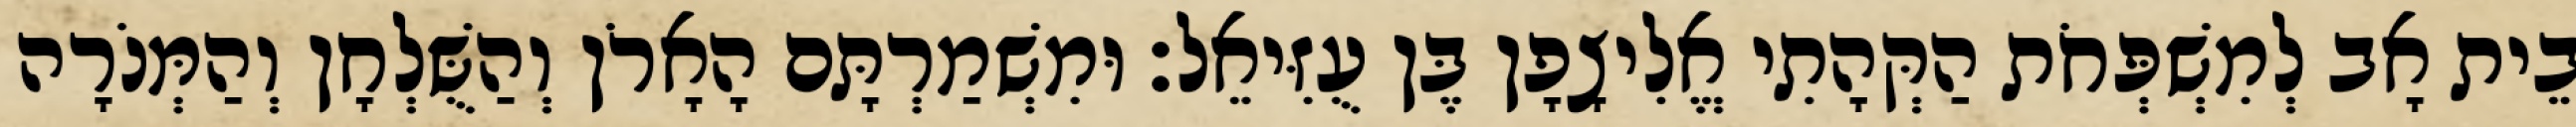
בֵית אָב לְמִשְׁפְּחֹת הַקְּהָתִי אֱלִיצָפָן בֶּן עֻזִּיאֵל׃ וּמִשְׁמַרְתָּם הָאָרֹן וְהַשֻּׁלְחָן וְהַמְּנֹרָה